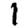
Digit: 1